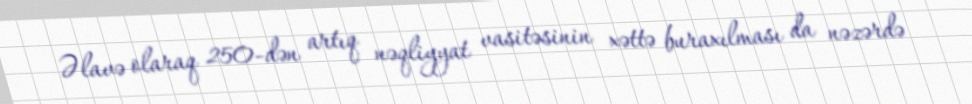
Əlavə olaraq 250-dən artıq nəqliyyat vasitəsinin xəttə buraxılması da nəzərdə